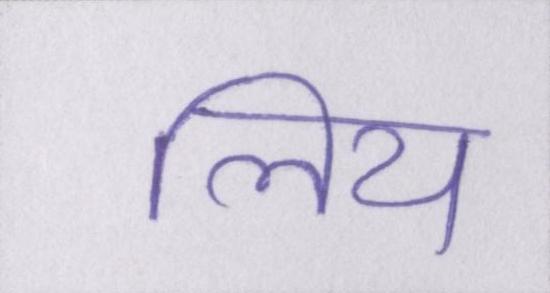
लिय